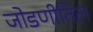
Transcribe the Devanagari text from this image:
जोडणीतिल